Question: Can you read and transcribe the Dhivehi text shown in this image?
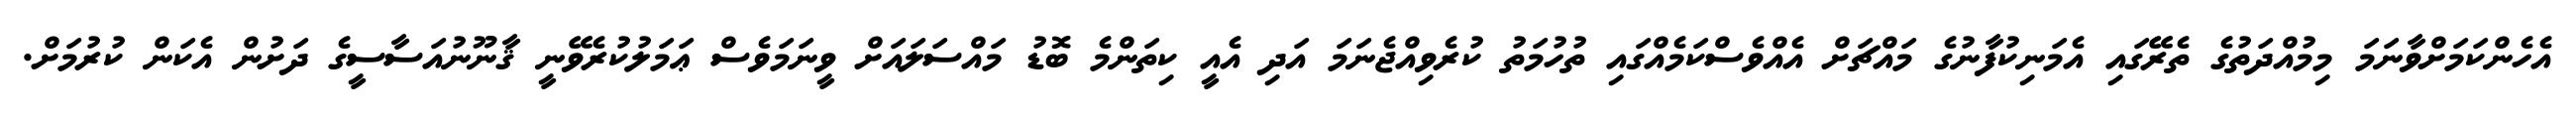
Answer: އެހެންކަމަށްވާނަމަ މިމުއްދަތުގެ ތެރޭގައި އެމަނިކުފާނުގެ މައްޗަށް އެއްވެސްކަމެއްގައި ތުހުމަތު ކުރެވިއްޖެނަމަ އަދި އެއީ ކިތަންމެ ބޮޑު މައްސަލައަށް ވީނަމަވެސް ޢަމަލުކުރެވޭނީ ޤާނޫނުއަސާސީގެ ދަށުން އެކަން ކުރުމަށް.